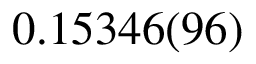
0 . 1 5 3 4 6 ( 9 6 )